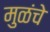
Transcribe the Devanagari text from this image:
मुळंचे